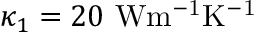
\kappa _ { 1 } = 2 0 ~ \mathrm { { W m ^ { - 1 } K ^ { - 1 } } }